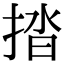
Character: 㧺